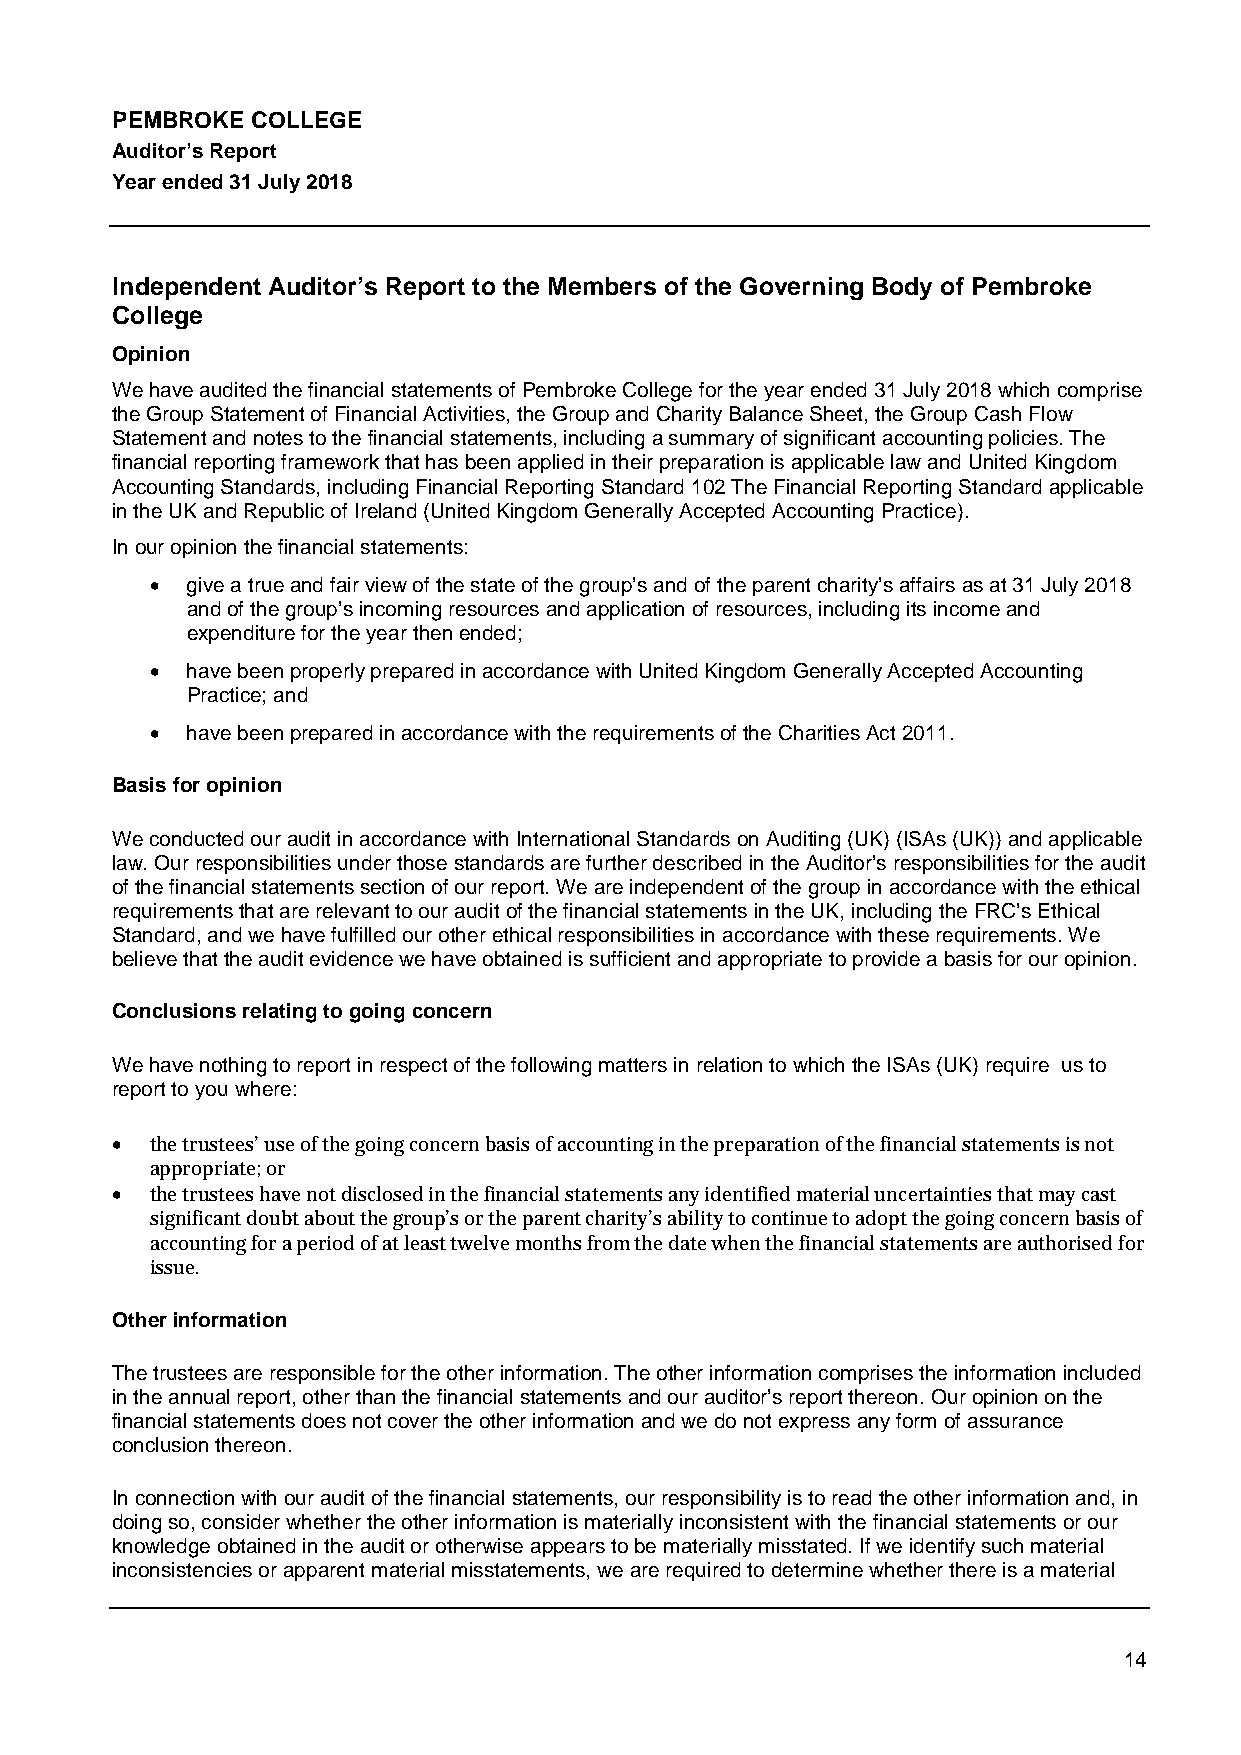
PEMBROKE  COLLEGE
 Auditor’s Report
 Year ended 31 July 2018
 Independent Auditor’s Report to the Members of the Governing Body of Pembroke
 College
 Opinion
 We have audited the financial statements of Pembroke College for the year ended 31 July 2018 which comprise
 the Group Statement of Financial Activities, the Group and Charity Balance Sheet, the Group Cash Flow
 Statement and notes to the financial statements, including a summary of significant accounting policies. The
 financial reporting framework that has been applied in their preparation is applicable law and United Kingdom
 Accounting Standards, including Financial Reporting Standard 102 The Financial Reporting Standard applicable
 in the UK and Republic of Ireland (United Kingdom Generally Accepted Accounting Practice).
 In our opinion the financial statements:
  give a true and fair view of the state of the group’s and of the parent charity’s affairs as at 31 July 2018
 and of the group’s incoming resources and application of resources, including its income and
 expenditure for the year then ended;
  have been properly prepared in accordance with United Kingdom Generally Accepted Accounting
 Practice; and
  have been prepared in accordance with the requirements of the Charities Act 2011.
 Basis for opinion
 We conducted our audit in accordance with International Standards on Auditing (UK) (ISAs (UK)) and applicable
 law. Our responsibilities under those standards are further described in the Auditor’s responsibilities for the audit
 of the financial statements section of our report. We are independent of the group in accordance with the ethical
 requirements that are relevant to our audit of the financial statements in the UK, including the FRC’s Ethical
 Standard, and we have fulfilled our other ethical responsibilities in accordance with these requirements. We
 believe that the audit evidence we have obtained is sufficient and appropriate to provide a basis for our opinion.
 Conclusions relating to going concern
 We have nothing to report in respect of the following matters in relation to which the ISAs (UK) require us to
 report to you where:
   the trustees’ use of the going concern basis of accounting in the preparation of the financial statements is not
 appropriate; or
   the trustees have not disclosed in the financial statements any identified material uncertainties that may cast
 significant doubt about the group’s or the parent charity’s ability to continue to adopt the going concern basis of
 accounting for a period of at least twelve months from the date when the financial statements are authorised for
 issue.
 Other information
 The trustees are responsible for the other information. The other information comprises the information included
 in the annual report, other than the financial statements and our auditor’s report thereon. Our opinion on the
 financial statements does not cover the other information and we do not express any form of assurance
 conclusion thereon.
 In connection with our audit of the financial statements, our responsibility is to read the other information and, in
 doing so, consider whether the other information is materially inconsistent with the financial statements or our
 knowledge obtained in the audit or otherwise appears to be materially misstated. If we identify such material
 inconsistencies or apparent material misstatements, we are required to determine whether there is a material
 14